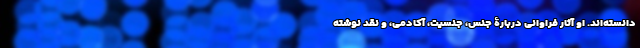
دانسته‌اند. او آثار فراوانی دربارۀ جنس، جنسیت، آکادمی، و نقد نوشته